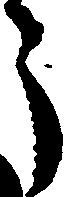
う